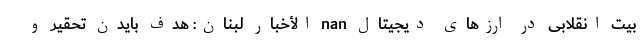
بیت انقلابی در ارزهای دیجیتال nan الأخبار لبنان: هدف بایدن تحقیر و